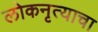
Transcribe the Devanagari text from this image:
लोकनृत्याचा